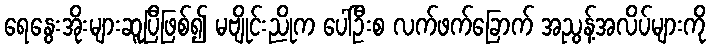
ရေနွေးအိုးများဆူပြီဖြစ်၍ မဗျိုင်းညိုက ပေါ်ဦးစ လက်ဖက်ခြောက် အညွန့်အလိပ်များကို